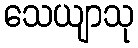
သေယျာသု